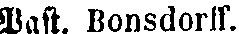
Past. Bonsdorff.